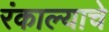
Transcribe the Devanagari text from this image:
रंकाल्याचे